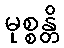
မုစ္စန္တိ